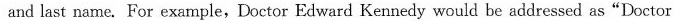
and last name. For example,Doctor Edward Kennedy would be addressed as"Doctor